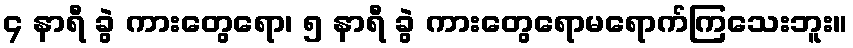
၄ နာရီ ခွဲ ကားတွေရော၊ ၅ နာရီ ခွဲ ကားတွေရောမရောက်ကြသေးဘူး။